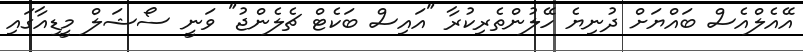
އޭއެލްއެސް ބައްޔަށް ދުނިޔެ ހޭލުންތެރިކުރާ "އައިސް ބަކެޓް ޗެލެންޖު" ވަނީ ސޯޝަލް މީޑިއާގައި